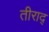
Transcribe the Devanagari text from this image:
तीराद्